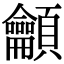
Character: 龥